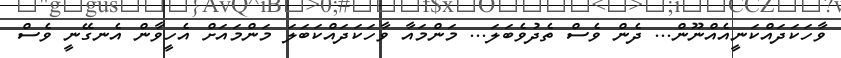
ވާހަކަދައްކަނީއެއްނޫން... ދެން ވެސް ތެދުވެބަލަ... މަންމައާ ވާހަކަދައްކަބަލަ މަންމައަށް އެހީވާން އެނގޭނީ ވެސް